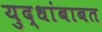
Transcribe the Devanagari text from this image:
युद्धांबाबत